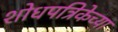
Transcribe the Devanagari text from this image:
शोधपत्रिकेच्या